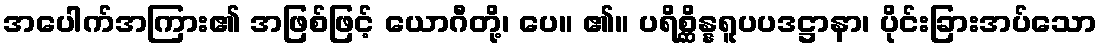
အပေါက်အကြား၏ အဖြစ်ဖြင့် ယောဂီတို့၊ ပေ။ ၏။ ပရိစ္ဆိန္နရူပပဒဋ္ဌာနာ၊ ပိုင်းခြားအပ်သော